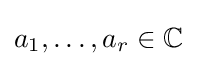
a_{1},\dots ,a_{r}\in \mathbb {C}